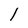
Character: l